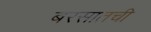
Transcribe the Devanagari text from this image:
बरसातची